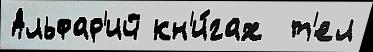
Альфар'ий кн'и́гах  т'ел